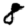
Digit: 8